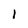
Character: 1